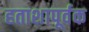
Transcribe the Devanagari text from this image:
हताशापूर्वक